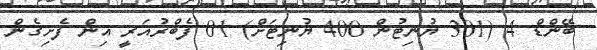
ބޭންޑް 4 (301 ޔުނިޓުން 400 ޔުނިޓަށް) 01 ފެބްރުއަރީ އިން ފެށިގެން